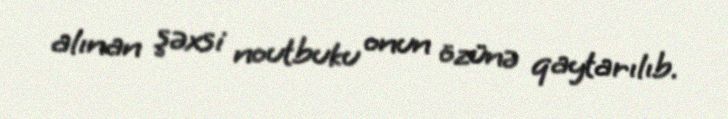
alınan şəxsi noutbuku onun özünə qaytarılıb.